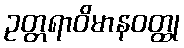
ဥတ္တရာဝိမာနဝတ္ထု